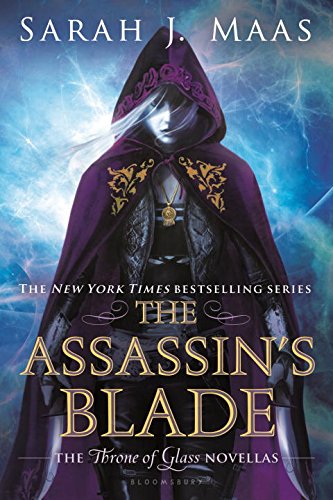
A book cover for The Assassin's Blade: The Throne of Glass Novellas; Sarah J. Maas; Teen & Young Adult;